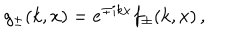
g _ { \pm } ( k , x ) = e ^ { \mp i k x } f _ { \pm } ( k , x ) \, ,